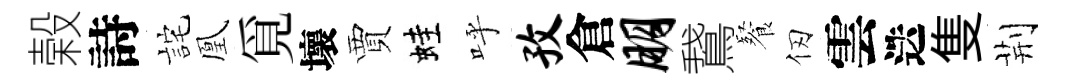
榖詩詫凰覓壞賈蛙呼孜倉朋鵞餐仞雲迭隻荆